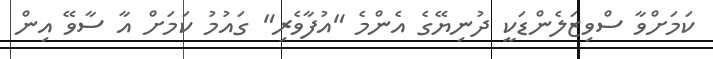
ކަމަށްވާ ސްވިޒަލެންޑަކީ ދުނިޔޭގެ އެންމެ "އުފާވެރި" ގައުމު ކަމަށް އާ ސާވޭ އިން